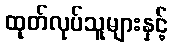
ထုတ်လုပ်သူများနှင့်